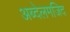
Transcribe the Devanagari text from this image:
अब्देलमजिद